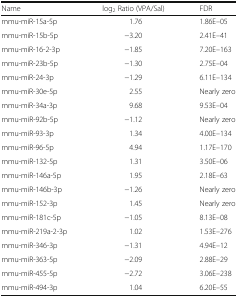
<table><thead><tr><td><b>Name</b></td><td><b>log<sub>2</sub> Ratio (VPA/Sal)</b></td><td><b>FDR</b></td></tr></thead><tbody><tr><td>mmu-miR-15a-5p</td><td>1.76</td><td>1.86E–05</td></tr><tr><td>mmu-miR-15b-5p</td><td>−3.20</td><td>2.41E–41</td></tr><tr><td>mmu-miR-16-2-3p</td><td>−1.85</td><td>7.20E–163</td></tr><tr><td>mmu-miR-23b-5p</td><td>−1.30</td><td>2.75E–04</td></tr><tr><td>mmu-miR-24-3p</td><td>−1.29</td><td>6.11E–134</td></tr><tr><td>mmu-miR-30e-5p</td><td>2.55</td><td>Nearly zero</td></tr><tr><td>mmu-miR-34a-3p</td><td>9.68</td><td>9.53E–04</td></tr><tr><td>mmu-miR-92b-5p</td><td>−1.12</td><td>Nearly zero</td></tr><tr><td>mmu-miR-93-3p</td><td>1.34</td><td>4.00E–134</td></tr><tr><td>mmu-miR-96-5p</td><td>4.94</td><td>1.17E–170</td></tr><tr><td>mmu-miR-132-5p</td><td>1.31</td><td>3.50E–06</td></tr><tr><td>mmu-miR-146a-5p</td><td>1.95</td><td>2.18E–63</td></tr><tr><td>mmu-miR-146b-3p</td><td>−1.26</td><td>Nearly zero</td></tr><tr><td>mmu-miR-152-3p</td><td>1.45</td><td>Nearly zero</td></tr><tr><td>mmu-miR-181c-5p</td><td>−1.05</td><td>8.13E–08</td></tr><tr><td>mmu-miR-219a-2-3p</td><td>1.02</td><td>1.53E–276</td></tr><tr><td>mmu-miR-346-3p</td><td>−1.31</td><td>4.94E–12</td></tr><tr><td>mmu-miR-363-5p</td><td>−2.09</td><td>2.88E–29</td></tr><tr><td>mmu-miR-455-5p</td><td>−2.72</td><td>3.06E–238</td></tr><tr><td>mmu-miR-494-3p</td><td>1.04</td><td>6.20E–55</td></tr></tbody></table>